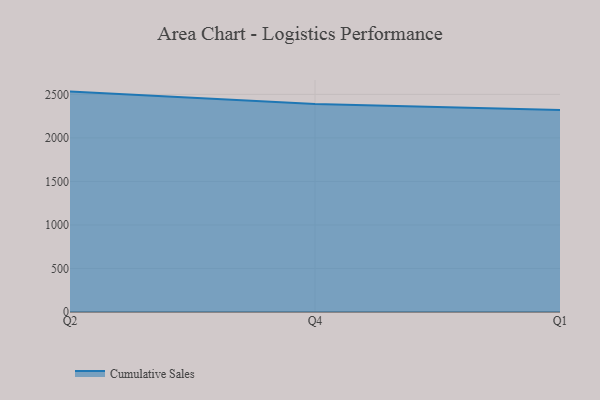
{"axis": {"x": "Quarter", "y": "Humidity (%)"}, "legend": ["Cumulative Sales"], "data": [{"x": "Q2", "y": 2532.2, "type": "Cumulative Sales"}, {"x": "Q4", "y": 2390.3, "type": "Cumulative Sales"}, {"x": "Q1", "y": 2322.2, "type": "Cumulative Sales"}]}